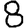
Digit: 8